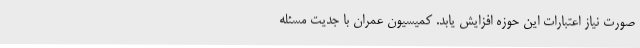
صورت نیاز اعتبارات این حوزه افزایش یابد. کمیسیون عمران با جدیت مسئله